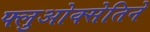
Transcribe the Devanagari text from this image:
फ्लुओक्सेतिने